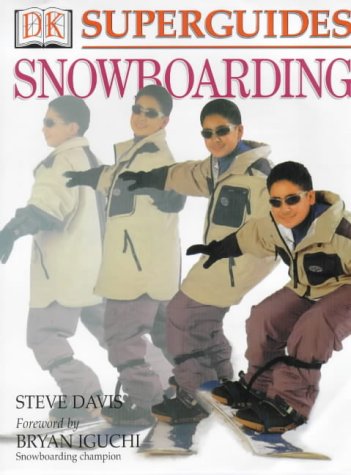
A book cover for Snowboarding (DK Superguide); Steve Davis; Sports & Outdoors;